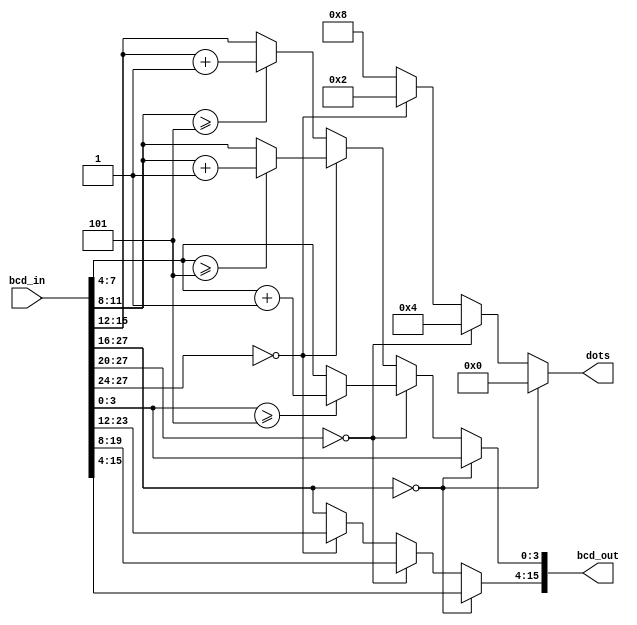
`timescale 1ns / 1ps
//////////////////////////////////////////////////////////////////////////////////

// Engineer:  
// Module Name: bcd_4round
// Description: bcd4bcd

//////////////////////////////////////////////////////////////////////////////////


module bcd_4round(
    input [27:0] bcd_in,//bcd
    output reg [15:0] bcd_out,//4bcd
    output reg [3:0] dots//4
    );
    always@(*)
    begin
        if(bcd_in[27:16] == 0)
        begin
            bcd_out <= bcd_in[15:0];
            dots <= 'b0000;
        end
        else if(bcd_in[27:20] == 0)
        begin
            bcd_out[15:4] <= bcd_in[19:8];
            dots <= 'b0100;
            if(bcd_in[3:0]>=5)
                bcd_out[3:0] <= bcd_in[7:4]+1;
            else
                bcd_out[3:0] <= bcd_in[7:4];
        end
        else if(bcd_in[27:24] == 0)
            begin
                bcd_out[15:4] <= bcd_in[23:12];
                dots <= 'b0010;
                if(bcd_in[7:4]>=5)
                    bcd_out[3:0] <= bcd_in[11:8]+1;
                else
                    bcd_out[3:0] <= bcd_in[11:8];
            end
        else
            begin
                bcd_out[15:4] <= bcd_in[27:16];
                dots <= 'b1000;
                if(bcd_in[11:8]>=5)
                    bcd_out[3:0] <= bcd_in[15:12]+1;
                else
                    bcd_out[3:0] <= bcd_in[15:12];
             end
    end
endmodule